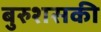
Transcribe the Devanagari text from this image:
बुरुशसकी